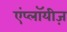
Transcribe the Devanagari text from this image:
एंप्लॉयीज़